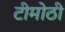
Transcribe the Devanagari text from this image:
टीमोठी